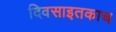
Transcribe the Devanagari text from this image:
दिवसाइतकाच